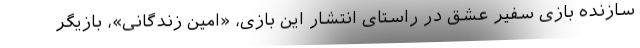
سازنده بازی سفیر عشق در راستای انتشار این بازی، «امین زندگانی»، بازیگر